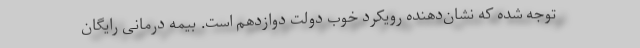
توجه شده که نشان‌دهنده رویکرد خوب دولت دوازدهم است. بیمه درمانی رایگان